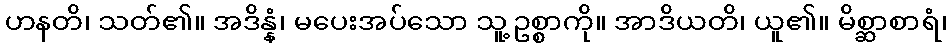
ဟနတိ၊ သတ်၏။ အဒိန္နံ၊ မပေးအပ်သော သူ့ဥစ္စာကို။ အာဒိယတိ၊ ယူ၏။ မိစ္ဆာစာရံ၊